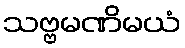
သဗ္ဗမဏိမယံ